Indian journal of veterinary science and animal husbandry - Volume 2,
Year: 1932
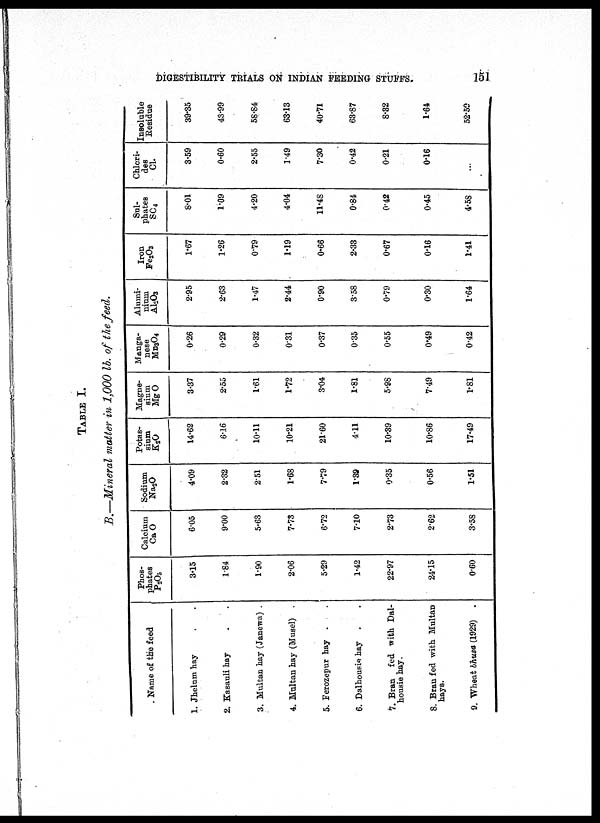
DIGESTIBILITY TRIALS ON INDIAN FEEDING STUFFS.
151
TABLE I.
B.—Mineral matter in 1,000 lb. of the feed.
Name of the feed
1. Jhelum hay . .
2. Kasauli hay . .
3. Multan hay (Janewa) .
4. Multan hay (Musel) .
5. Ferozepur hay . .
6. Dalhousie hay . .
7. Bran fed with Dal-
housie hay.
8. Bran fed with Multan
hays.
9. Wheat bhusa (1929) .
Phos-
phates
P 2 O 5
3.15
1.84
1.90
2.06
5.29
1.42
22.97
24.15
0.60
Calcium
Ca O
6.05
9.00
5.63
7.73
6.72
7.10
2.73
2.62
3.58
Sodium
STa 2 O
4.09
2.32
2.51
1.68
7.79
1.39
0.35
0.56
1.51
Potas-
sium
K 2 O
14.62
6.16
10.11
10.21
21.60
4.11
10.39
10.86
17.49
Magne-
sium
Mg O
3.37
2.55
1.61
1.72
3.04
1.81
5.98
7.49
1.81
Manga-
nese
Mn3O4
0.26
0.29
0.32
0.31
0.37
0.35
0.55
0.49
0.42
Alumi-
nium
Al 2 O 3
2.95
2.63
1.47
2.44
0.90
3.58
0.79
0.30
1.64
Iron
Fe 2 O 3
1.67
1.26
0.79
1.19
0.66
2.33
0.67
0.16
1.41
Sul-
phates
SC 4
8.01
1.09
4.20
4.04
11.48
0.84
0.42
0.45
4.58
Chlori-
des
CI.
3.59
0.60
2.55
1.49
7.30
0.42
0.21
0.16
...
Insoluble
Residue
39.35
43.99
58.84
63.13
40.71
63.87
8.32
1.64
52.59